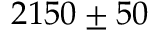
2 1 5 0 \pm 5 0